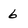
Character: 6